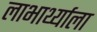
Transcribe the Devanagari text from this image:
लाभार्थ्याला